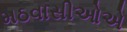
મઠવાસીઓએ